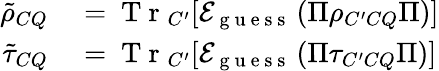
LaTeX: \begin{array}{rl}{\tilde{\rho}_{CQ}}&{{}=\mathrm{~T~r~}_{C^{\prime}}[\mathcal{E}_{\mathrm{~g~u~e~s~s~}}\left(\Pi\rho_{C^{\prime}CQ}\Pi\right)]}\\ {\tilde{\tau}_{CQ}}&{{}=\mathrm{~T~r~}_{C^{\prime}}[\mathcal{E}_{\mathrm{~g~u~e~s~s~}}\left(\Pi\tau_{C^{\prime}CQ}\Pi\right)]}\end{array}